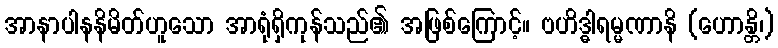
အာနာပါနနိမိတ်ဟူသော အာရုံရှိကုန်သည်၏ အဖြစ်ကြောင့်။ ဗဟိဒ္ဓါရမ္မဏာနိ (ဟောန္တိ၊)